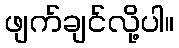
ဖျက်ချင်လို့ပါ။